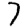
Digit: 7